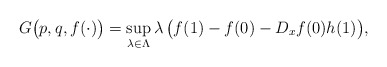
\begin{align*} G\big(p,q,f(\cdot)\big) = \sup_{\lambda \in \Lambda} \lambda \,\big(f(1)-f(0)- D_x f(0)h(1)\big), \end{align*}